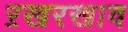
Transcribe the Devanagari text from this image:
ऱखरखाव